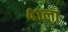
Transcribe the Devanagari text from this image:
४१ला